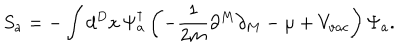
S _ { a } = - \int d ^ { D } x \, \Psi _ { a } ^ { \dagger } \left( - \frac { 1 } { 2 m } \partial ^ { M } \partial _ { M } - \mu + V _ { v a c } \right) \Psi _ { a } .